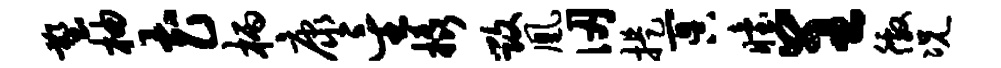
塑柚花柄康星橇毁凰仞提冥眙呈徼况